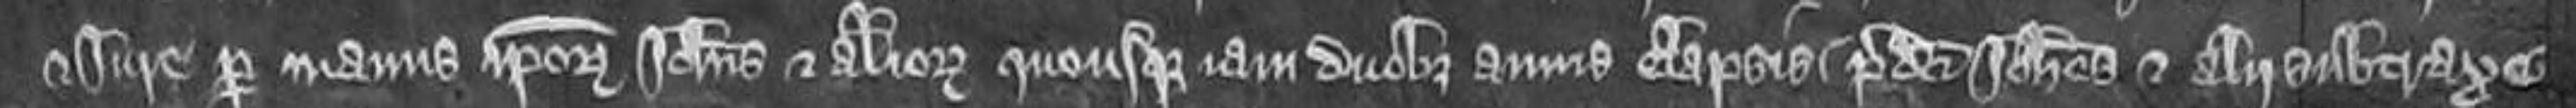
et jure per manus ipsorum Johannis et aliorum quousque iam duobus annis elapsis predicti Johannes et alii subtraxe